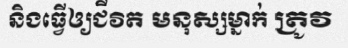
និងធ្វើឲ្យជីវិត មនុស្សម្នាក់ ត្រូវ